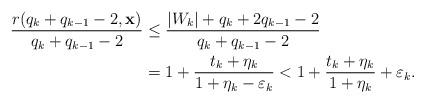
LaTeX: \begin{align*}\frac{r(q_k+q_{k-1}-2, {\mathbf x})}{q_k+q_{k-1}-2} &\le \frac{|W_k| + q_k + 2q_{k-1} -2}{q_k+q_{k-1} -2} \\&= 1 + \frac{t_k +\eta_k}{1+\eta_k - \varepsilon_k} < 1 + \frac{t_k +\eta_k}{1+\eta_k} + \varepsilon_k. \end{align*}